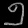
Digit: ၅